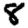
Digit: 8